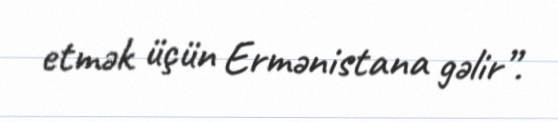
etmək üçün Ermənistana gəlir”.